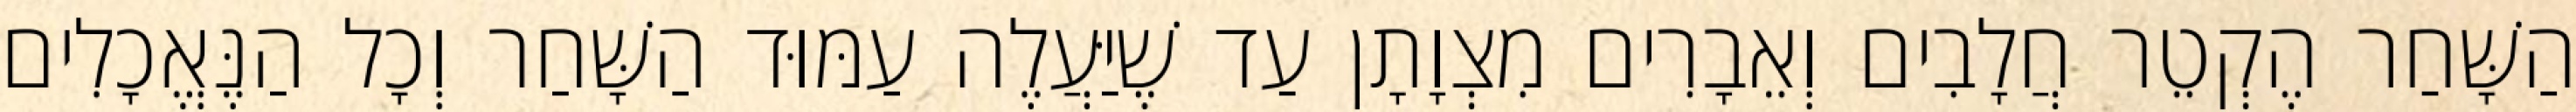
הַשָּׁחַר הֶקְטֵר חֲלָבִים וְאֵבָרִים מִצְוָתָן עַד שֶׁיַּעֲלֶה עַמּוּד הַשָּׁחַר וְכָל הַנֶּאֱכָלִים